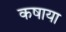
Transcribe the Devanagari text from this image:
कषाया